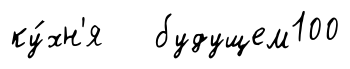
ку́хн'я будущем100